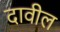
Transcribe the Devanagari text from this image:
दावील